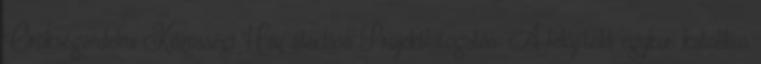
Örökségvédelmi Közösségi Ház átadása Projektlátogatás: A felújított egykori katolikus